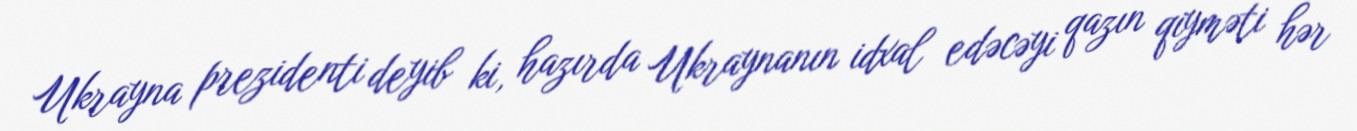
Ukrayna prezidenti deyib ki, hazırda Ukraynanın idxal edəcəyi qazın qiyməti hər